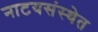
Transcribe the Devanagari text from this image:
नाटयसंस्थेत